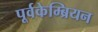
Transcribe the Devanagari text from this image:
पूर्वकेम्ब्रियन